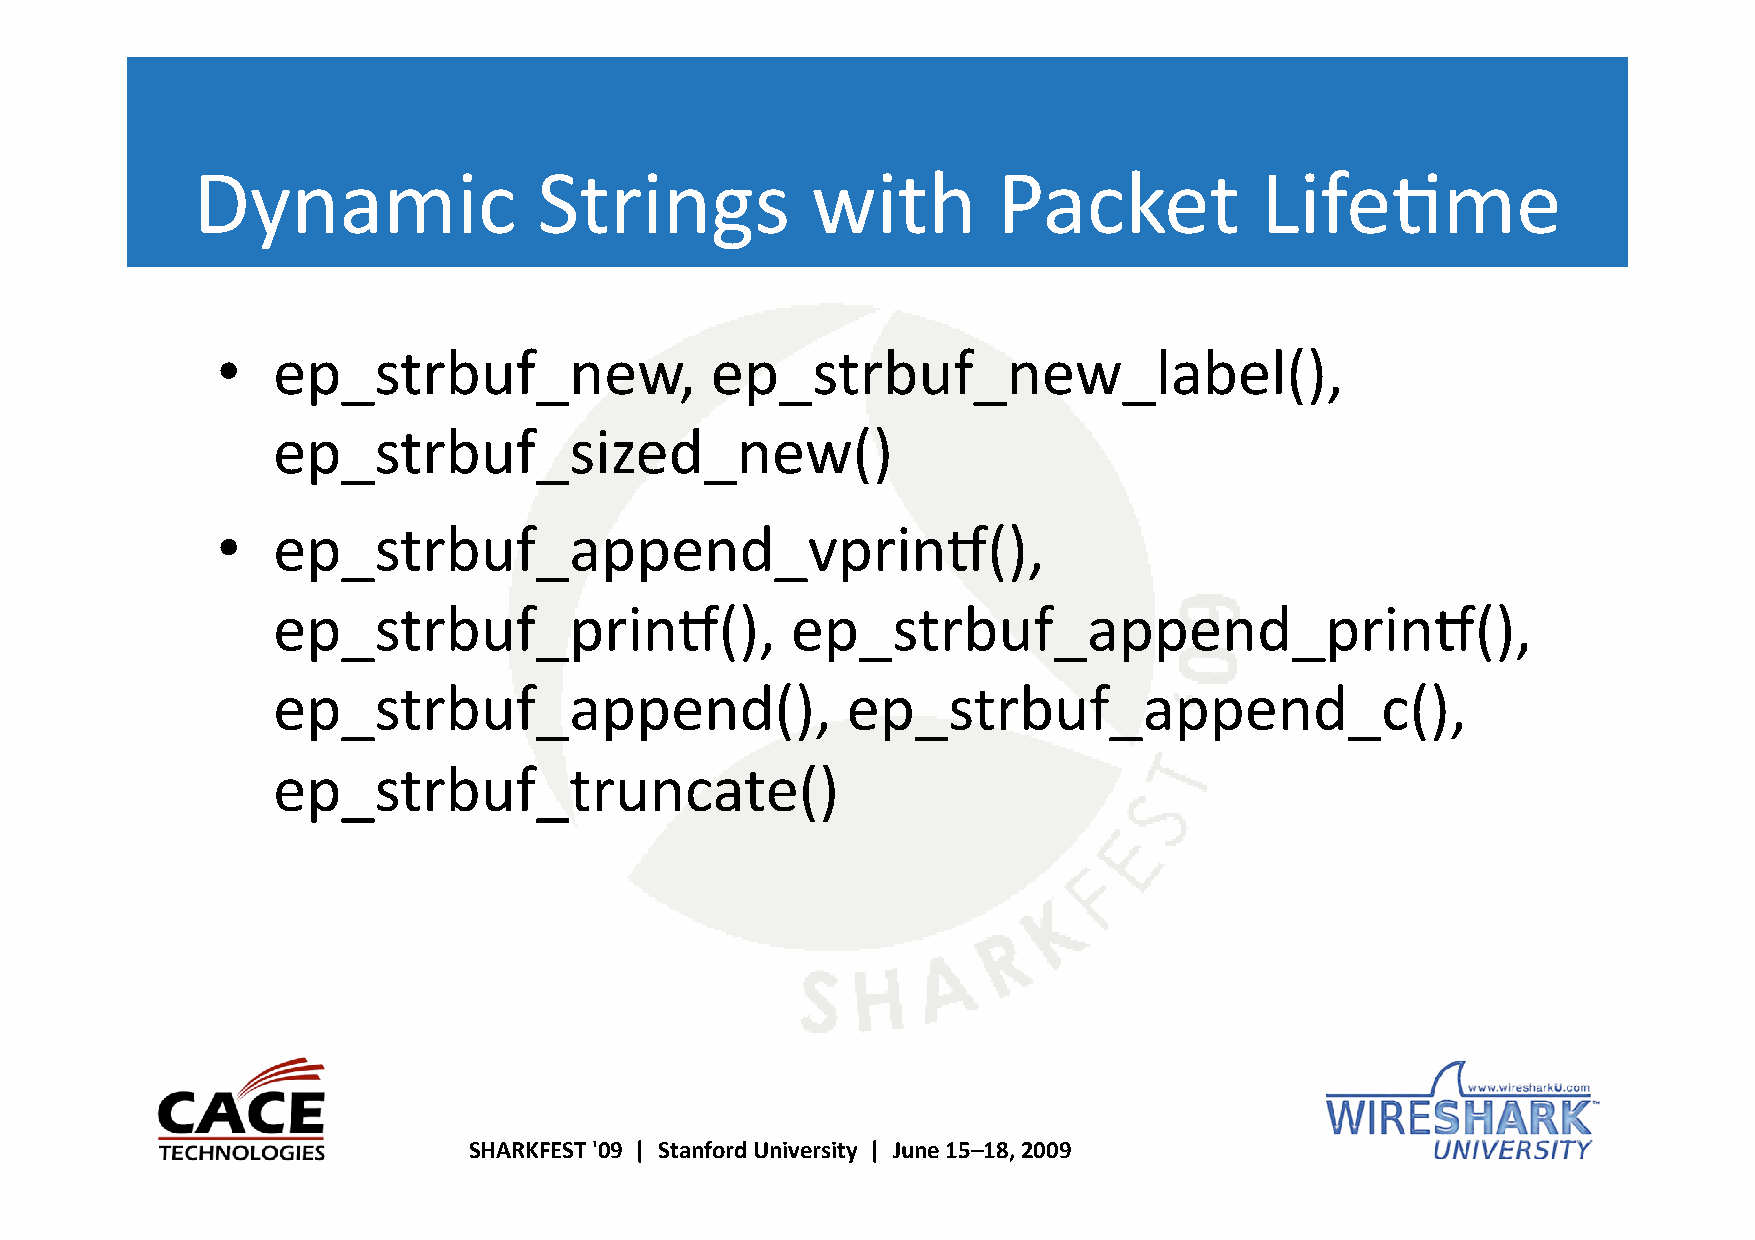
Dynamic                Strings           with        Packet           Life8me
 •   ep_strbuf_new,               ep_strbuf_new_label(),
 ep_strbuf_sized_new()
 •   ep_strbuf_append_vprinn(),
 ep_strbuf_prinn(),                ep_strbuf_append_prinn(),
 ep_strbuf_append(),                   ep_strbuf_append_c(),
 ep_strbuf_truncate()
 SHARKFEST '09 | Stanford University | June 15–18, 2009